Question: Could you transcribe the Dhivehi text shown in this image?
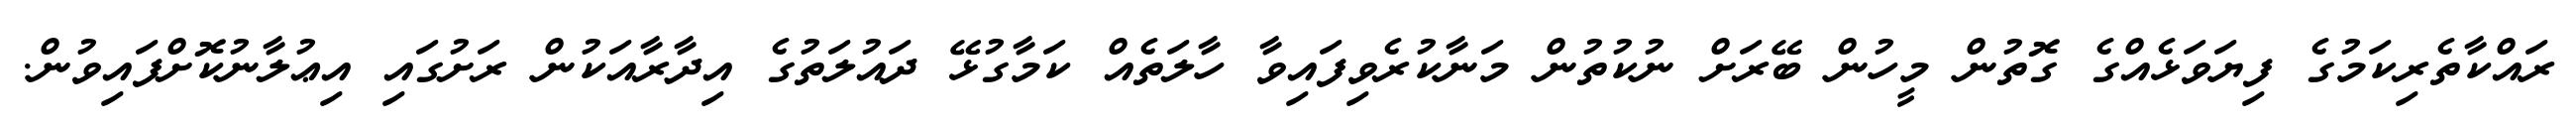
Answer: ރައްކާތެރިކަމުގެ ފިޔަވަޅެއްގެ ގޮތުން މީހުން ބޭރަށް ނުކުތުން މަނާކުރެވިފައިވާ ހާލަތެއް ކަމާގުޅޭ ދައުލަތުގެ އިދާރާއަކުން ރަށުގައި އިޢުލާނުކޮށްފައިވުން.